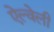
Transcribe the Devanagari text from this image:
ऐल्वेली